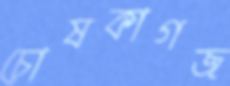
চোষকাগজ